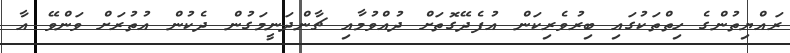
ރައްޔިތުންގެ ހިތްތަކުގައި ބިރުވެރިކަން އުފެދޭގޮތަށް ދުއްވުމާއި ޗާންދަނީމަގުން ދެކުން އުތުރަށް ވަންވޭ އާ